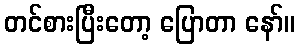
တင်စားပြီးတော့ ပြောတာ နော်။